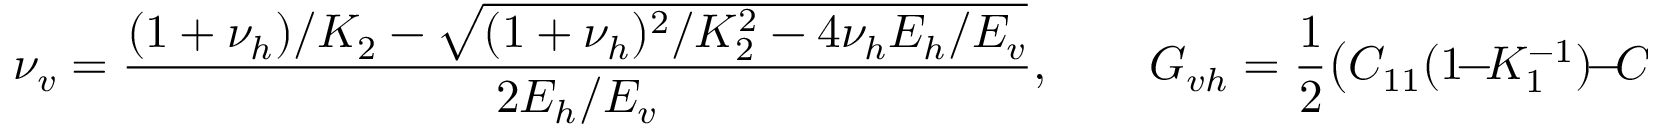
\nu _ { v } = \frac { ( 1 + \nu _ { h } ) / K _ { 2 } - \sqrt { ( 1 + \nu _ { h } ) ^ { 2 } / K _ { 2 } ^ { 2 } - 4 \nu _ { h } E _ { h } / E _ { v } } } { 2 E _ { h } / E _ { v } } , \qquad G _ { v h } = \frac { 1 } { 2 } \bigl ( C _ { 1 1 } ( 1 \! - \! K _ { 1 } ^ { - 1 } ) \! - \! C _ { 1 2 } \! + \! C _ { 3 3 } \bigr ) ,